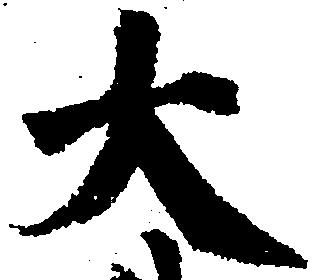
大